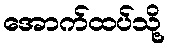
အောက်ထပ်သို့